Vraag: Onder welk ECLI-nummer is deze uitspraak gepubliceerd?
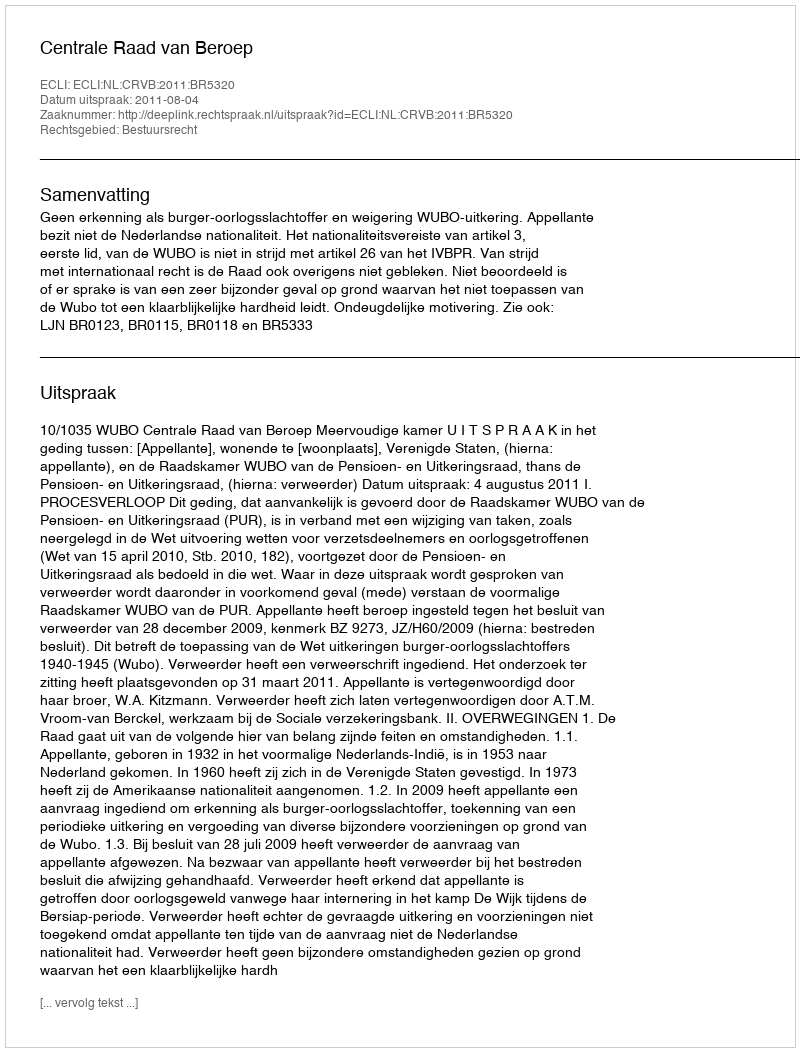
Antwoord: ECLI:NL:CRVB:2011:BR5320